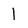
Character: 1